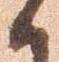
候